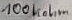
Text: 100Kohm